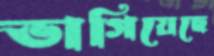
ভাগিয়েছে